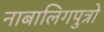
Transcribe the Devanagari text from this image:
नाबालिगपुत्रों